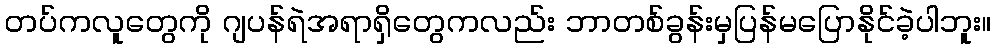
တပ်ကလူတွေကို ဂျပန်ရဲအရာရှိတွေကလည်း ဘာတစ်ခွန်းမှပြန်မပြောနိုင်ခဲ့ပါဘူး။